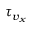
\tau _ { v _ { x } }